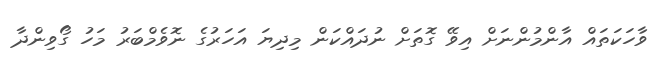
ވާހަކަތައް އާންމުންނަށް އިވޭ ގޮތަށް ނުދައްކަން މިދިޔަ އަހަރުގެ ނޮވެމްބަރު މަހު ގޯވިންދާ